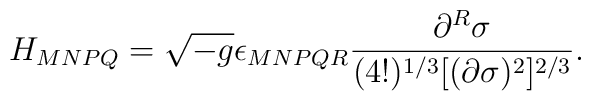
H_{MNPQ}=\sqrt{-g}\epsilon_{MNPQR}\frac{\partial^R\sigma}{(4!)^{1/3}[(\partial\sigma)^2]^{2/3}}.